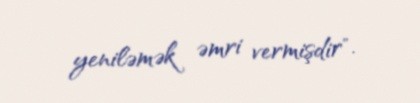
yeniləmək əmri vermişdir".